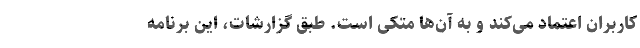
کاربران اعتماد می‌کند و به آن‌ها متکی است. طبق گزارشات، این برنامه